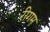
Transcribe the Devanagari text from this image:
रीगम